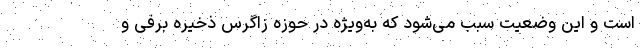
است و این وضعیت سبب می‌شود که به‌ویژه در حوزه زاگرس ذخیره برفی و